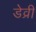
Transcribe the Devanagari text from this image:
डेव्री